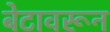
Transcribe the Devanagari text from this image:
बेटावरून